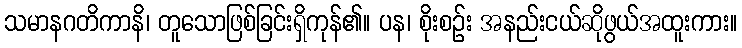
သမာနဂတိကာနိ၊ တူသောဖြစ်ခြင်းရှိကုန်၏။ ပန၊ စိုးစဉ်း အနည်းငယ်ဆိုဖွယ်အထူးကား။